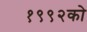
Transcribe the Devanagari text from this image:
१९९२को